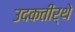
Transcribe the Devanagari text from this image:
उदकतीर्थे